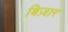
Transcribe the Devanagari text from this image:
बिज़ार